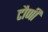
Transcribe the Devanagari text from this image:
टौणी